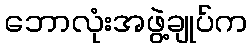
ဘောလုံးအဖွဲ့ချုပ်က